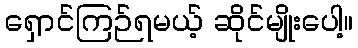
ရှောင်ကြဉ်ရမယ့် ဆိုင်မျိုးပေါ့။